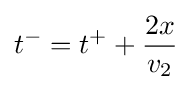
t^{-}=t^{+}+{\frac {2x}{v_{2}}}